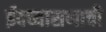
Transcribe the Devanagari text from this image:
ईदच्यासणाची